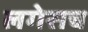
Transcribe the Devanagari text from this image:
लगेसच